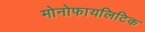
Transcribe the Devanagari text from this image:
मोनोफायलिटिक